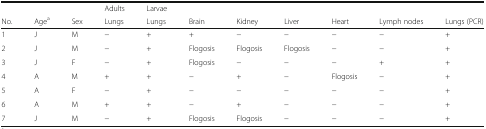
|  |  |  | Adults | Larvae |  |  |  |  |  |  |
 | No. | Agea | Sex | Lungs | Lungs | Brain | Kidney | Liver | Heart | Lymph nodes | Lungs (PCR) |
 | --- | --- | --- | --- | --- | --- | --- | --- | --- | --- | --- |
 | 1 | J | M | − | + | + | − | − | − | − | + |
 | 2 | J | M | − | + | Flogosis | Flogosis | Flogosis | − | − | + |
 | 3 | J | F | − | + | Flogosis | − | − | − | + | + |
 | 4 | A | M | + | + | − | + | − | Flogosis | − | + |
 | 5 | A | F | − | + | − | − | − | − | − | + |
 | 6 | A | M | + | + | − | + | − | − | − | + |
 | 7 | J | M | − | + | Flogosis | Flogosis | − | − | − | + |